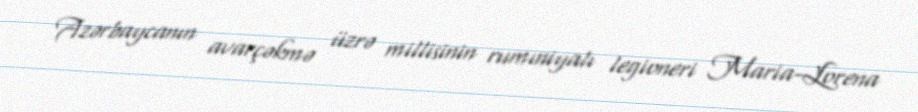
Azərbaycanın avarçəkmə üzrə millisinin rumıniyalı legioneri Maria-Lorena